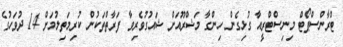
ޓްރާންސްޕޯޓް މިނިސްޓްރީއާ ގުޅިގެން ހިންގާ މަޝްރޫއަށް ޝައުގުވެރިވާ ފަރާތްތަކުން ކުރިމަތިލުމަށް 14 ދުވަހުގެ